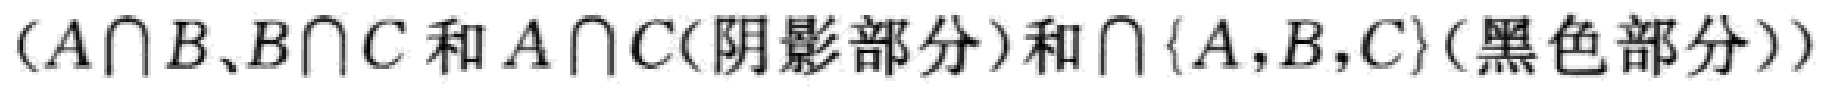
$(A\cap B、B\cap C 和 A\cap C(阴影部分))和\cap\{A,B,C\}(黑色部分)$